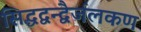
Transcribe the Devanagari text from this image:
सिद्धद्वन्द्वैर्जलकण